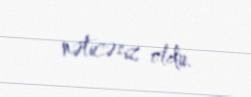
nəticəsiz oldu.